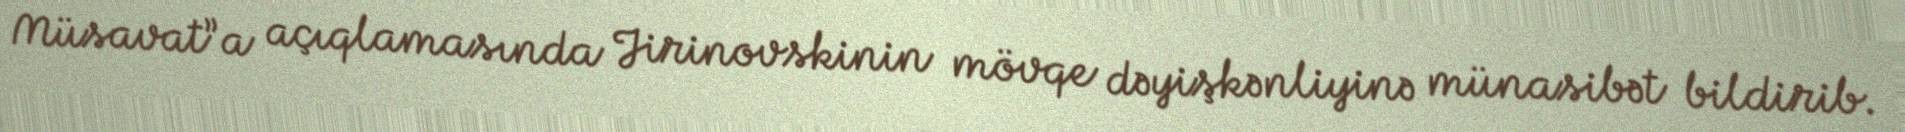
Müsavat”a açıqlamasında Jirinovskinin mövqe dəyişkənliyinə münasibət bildirib.